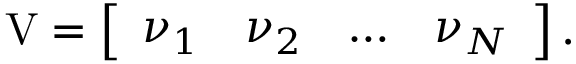
\mathrm { V } = \left[ \begin{array} { l l l l } { \nu _ { 1 } } & { \nu _ { 2 } } & { \dots } & { \nu _ { N } } \end{array} \right] .